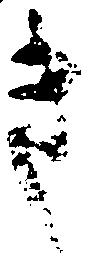
き